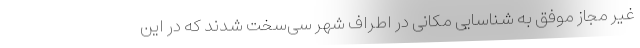
غیر مجاز موفق به شناسایی مکانی در اطراف شهر سی‌سخت شدند که در این